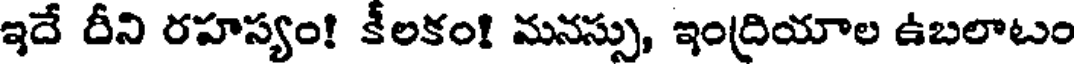
ఇదే దీని రహస్యం! కీలకం! మనస్సు, ఇంద్రియాల ఉబలాటం